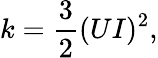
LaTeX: k={\frac{3}{2}}(UI)^{2},